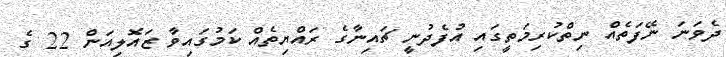
ދެވަނަ ނޭފަތެއް ނިތްކުރިމަތީގައި އުފެދުނީ ޗައިނާގެ ރައްޔިތެއް ކަމުގައިވާ ޒައޮލިއަން 22 ގެ